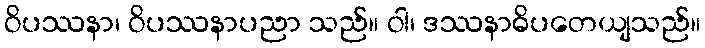
ဝိပဿနာ၊ ဝိပဿနာပညာ သည်။ ဝါ၊ ဒဿနာဓိပတေယျသည်။